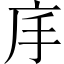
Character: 𭙕